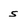
Character: s